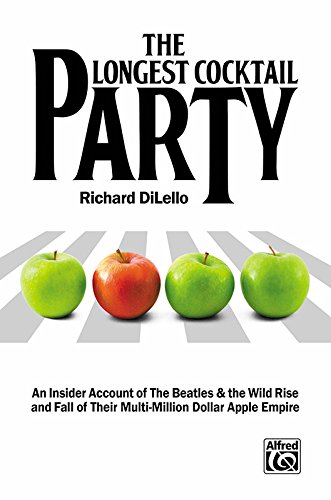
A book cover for The Longest Cocktail Party; Richard DiLello; Humor & Entertainment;